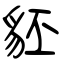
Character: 豾